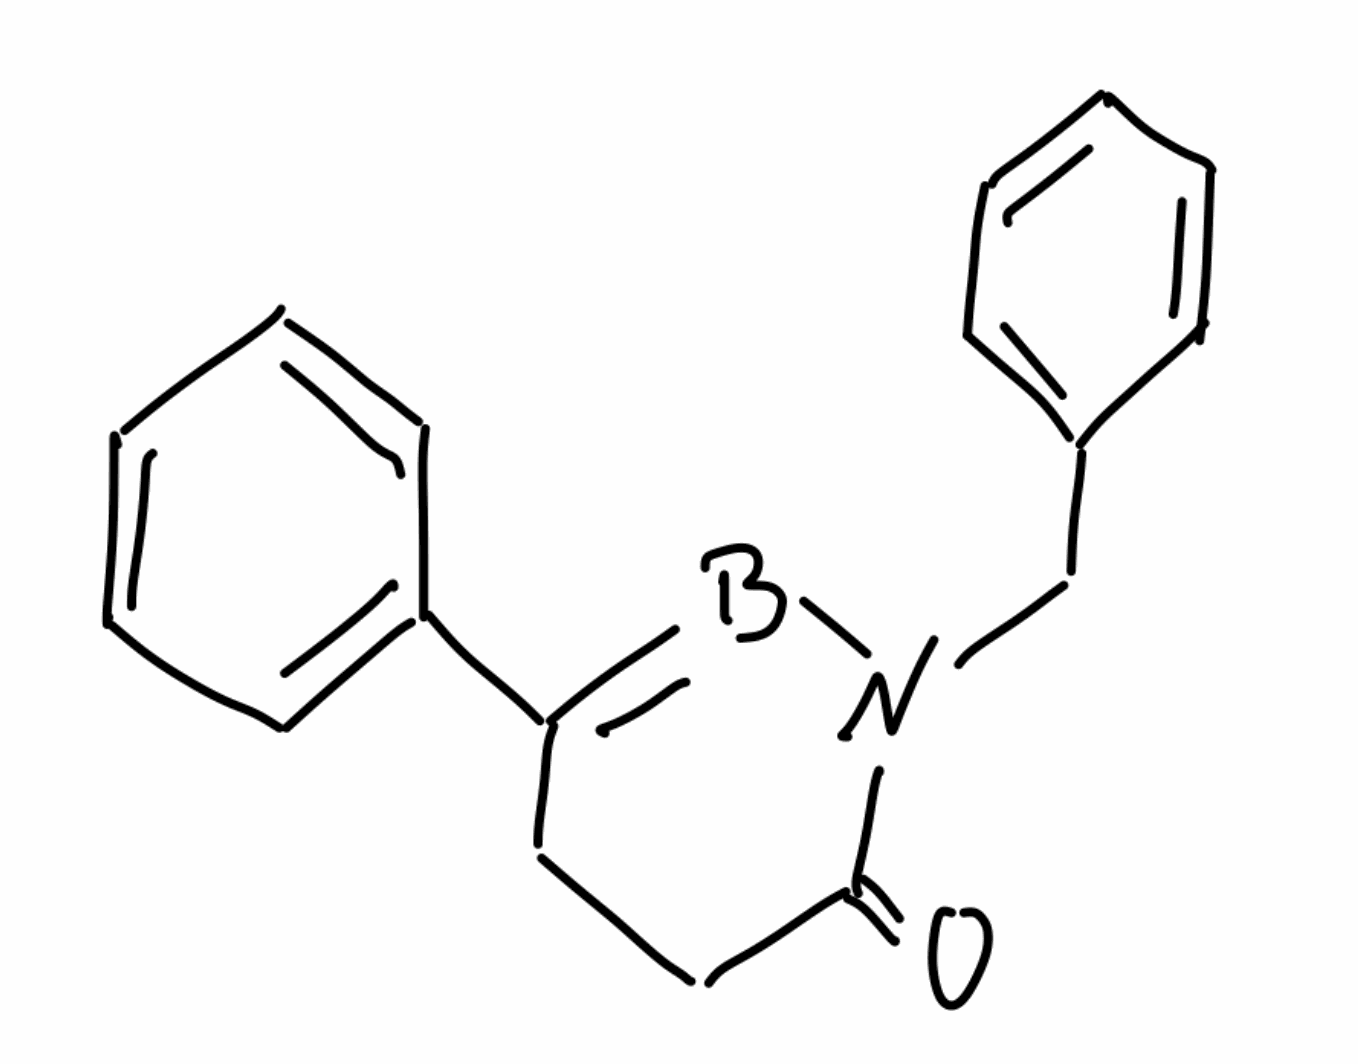
Simplified molecular-input line-entry system (SMILES) notation of the given molecule:
B1=C(CCC(=O)N1CC2=CC=CC=C2)C3=CC=CC=C3